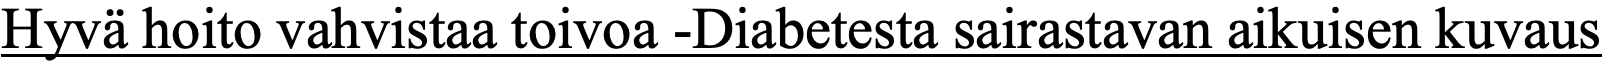
Hyvä hoito vahvistaa toivoa -Diabetesta sairastavan aikuisen kuvaus